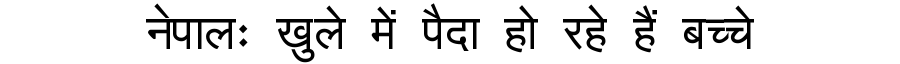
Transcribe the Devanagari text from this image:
नेपालः खुले में पैदा हो रहे हैं बच्चे